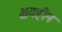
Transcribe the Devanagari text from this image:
क्षयहीन